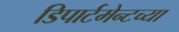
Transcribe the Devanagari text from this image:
डिपार्टमेन्टच्या